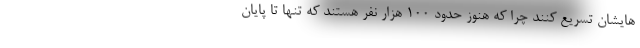
هایشان تسریع کنند چرا که هنوز حدود ۱۰۰ هزار نفر هستند که تنها تا پایان